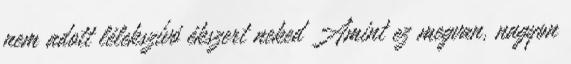
nem adott lélekszívó ékszert neked Amint ez megvan, nagyon